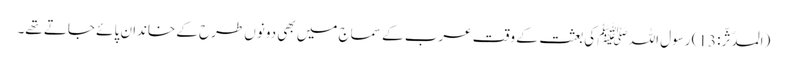
(المدّثّر: 13) رسول اللہ ﷺ کی بعثت کے وقت عرب کے سماج میں بھی دونوں طرح کے خاندان پائے جاتے تھے۔